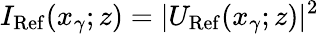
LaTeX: I_{\mathrm{Ref}}(x_{\gamma};z)=|U_{\mathrm{Ref}}(x_{\gamma};z)|^{2}